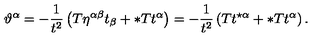
\vartheta ^ { \alpha } = - { \frac { 1 } { t ^ { 2 } } } \left( T \eta ^ { \alpha \beta } t _ { \beta } + \ast T t ^ { \alpha } \right) = - { \frac { 1 } { t ^ { 2 } } } \left( T t ^ { \star \alpha } + \ast T t ^ { \alpha } \right) .